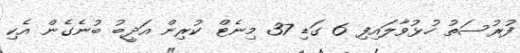
ފުރުސަތު ހުޅުވާލައިފި 6 ގަޑި 37 މިނެޓް ކުރިން އަދީބު ބުނެގެން އެކި